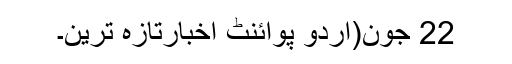
22 جون(اُردو پوائنٹ اخبارتازہ ترین۔